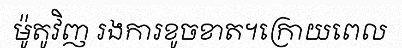
ម៉ូតូវិញ រងការខូចខាត។ក្រោយពេល